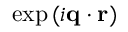
\exp { ( i \mathbf { q } \cdot \mathbf { r } ) }